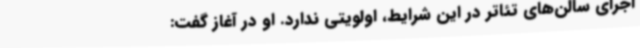
اجرای سالن‌های تئاتر در این شرایط، اولویتی ندارد. او در آغاز گفت: